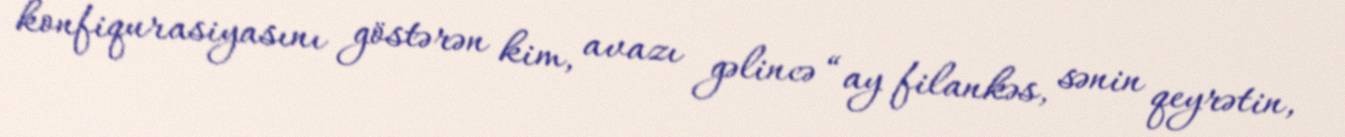
konfiqurasiyasını göstərən kim, avazı gəlincə “ay filankəs, sənin qeyrətin,